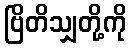
ဗြိတိသျှတို့ကို